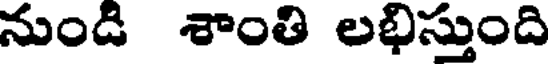
నుండి శాంతి లభిస్తుంది